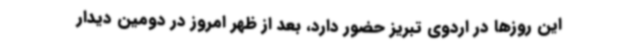
این روزها در اردوی تبریز حضور دارد، بعد از ظهر امروز در دومین دیدار